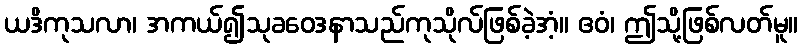
ယဒိကုသလာ၊ အကယ်၍သုခဝေဒနာသည်ကုသိုလ်ဖြစ်ခဲ့အံ့။ ဧဝံ၊ ဤသို့ဖြစ်လတ်မူ။